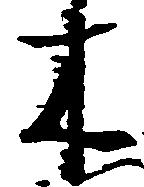
木